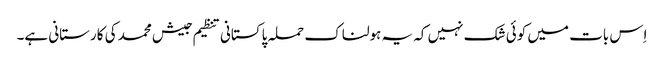
اِس بات میں کوئی شک نہیں کہ یہ ہولناک حملہ پاکستانی تنظیم جیش محمد کی کارستانی ہے۔